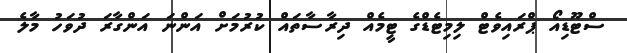
ސްޓޫޑިއޯ ޕްރައިވެޓް ލިމިޓެޑްގެ ޓީމެއް ދިރާސާތައް ކުުރުމަށް އަންނަ އަންގާރަ ދުވަހު މާލެ